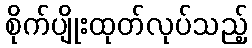
စိုက်ပျိုးထုတ်လုပ်သည့်